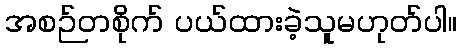
အစဉ်တစိုက် ပယ်ထားခဲ့သူမဟုတ်ပါ။